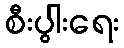
စီးပွါးရေး